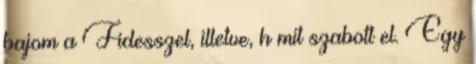
bajom a Fidesszel, illetve, h mit szabott el. Egy